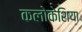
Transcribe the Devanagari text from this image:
कलोकेशिया